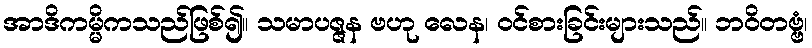
အာဒိကမ္မိကသည်ဖြစ်၍။ သမာပဇ္ဇန ဗဟု လေန၊ ဝင်စားခြင်းများသည်။ ဘဝိတဗ္ဗံ၊